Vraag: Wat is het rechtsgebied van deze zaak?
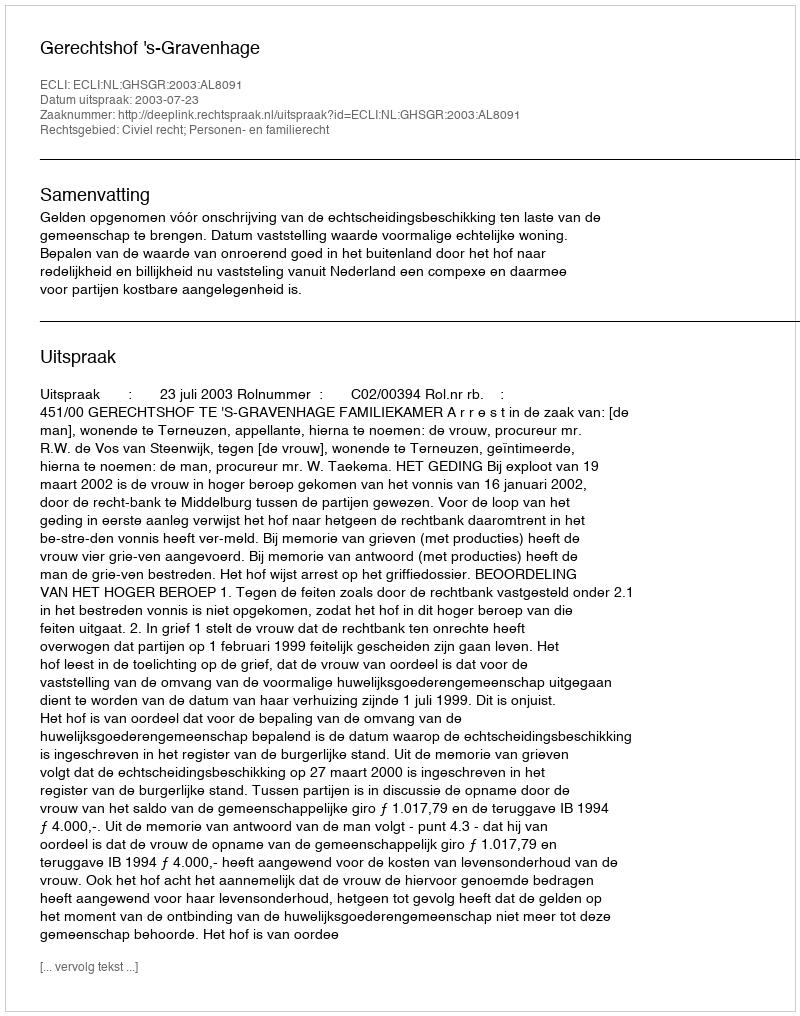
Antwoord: Civiel recht; Personen- en familierecht